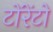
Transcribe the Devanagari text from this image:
टोंरेंटो